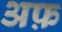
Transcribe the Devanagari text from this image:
अफ़